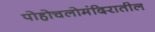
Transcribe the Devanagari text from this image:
पोहोचलोमंदिरातील